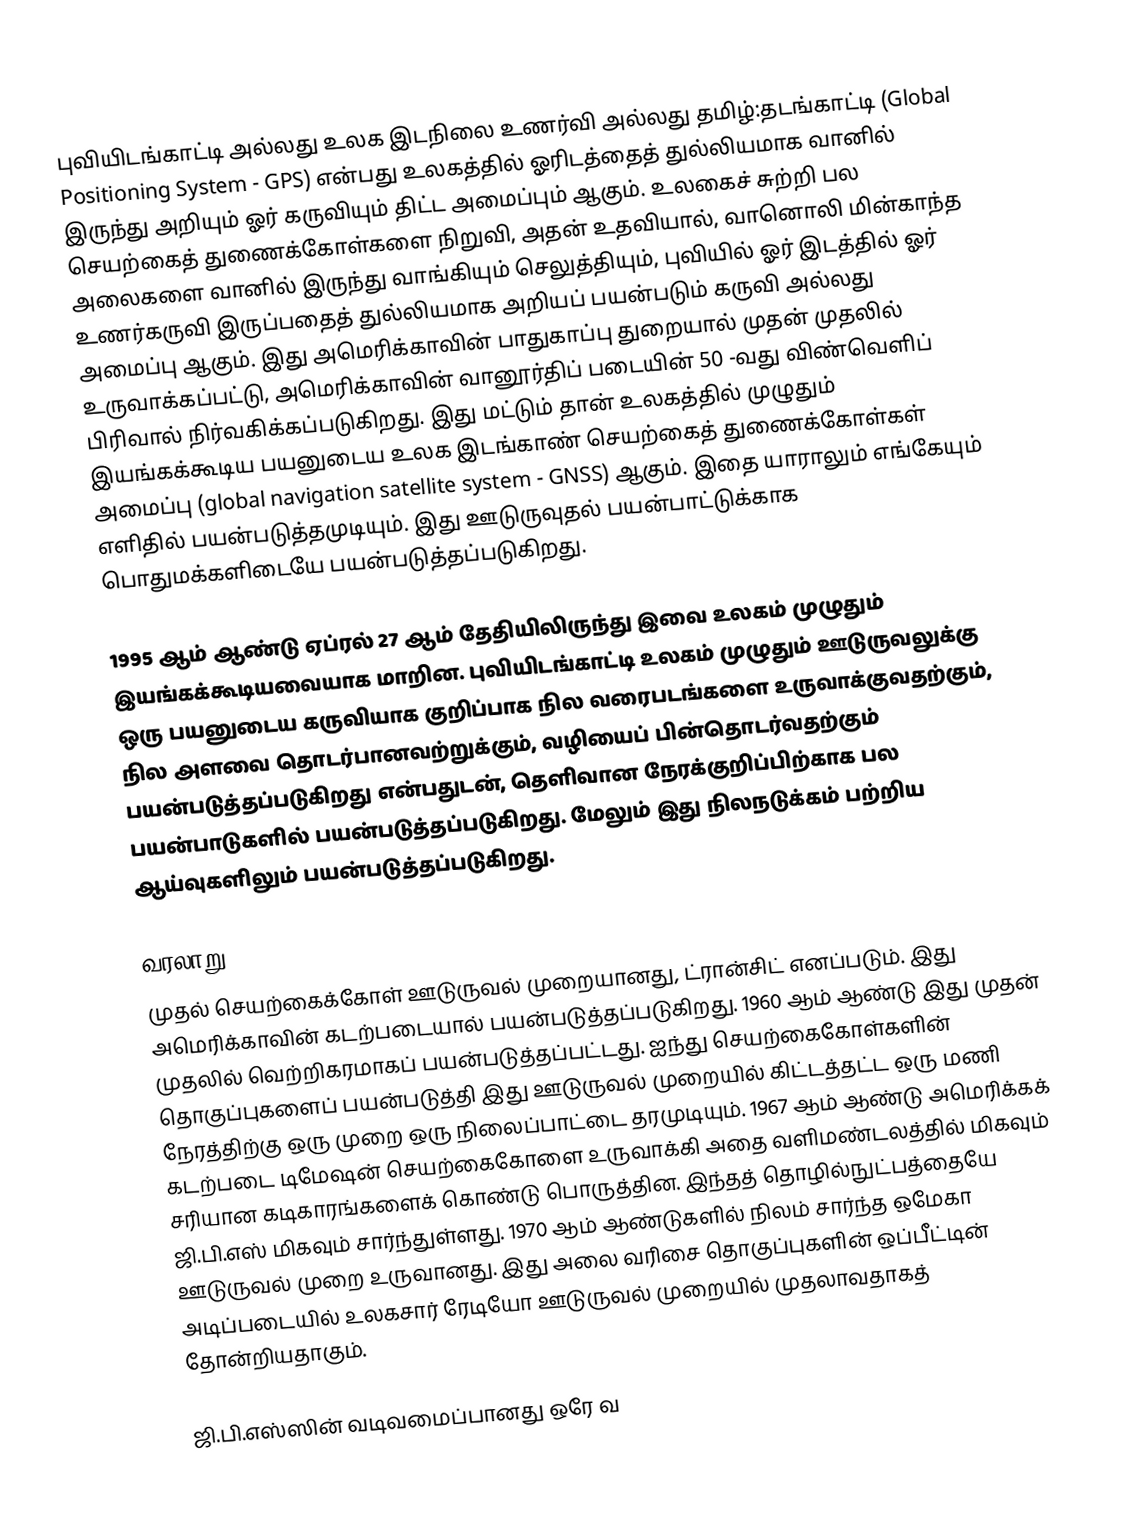
புவியிடங்காட்டி அல்லது உலக இடநிலை உணர்வி அல்லது தமிழ்:தடங்காட்டி (Global Positioning System - GPS) என்பது உலகத்தில் ஓரிடத்தைத் துல்லியமாக வானில் இருந்து அறியும் ஓர் கருவியும் திட்ட அமைப்பும் ஆகும். உலகைச் சுற்றி பல செயற்கைத் துணைக்கோள்களை நிறுவி, அதன் உதவியால், வானொலி மின்காந்த அலைகளை வானில் இருந்து வாங்கியும் செலுத்தியும், புவியில் ஓர் இடத்தில் ஓர் உணர்கருவி இருப்பதைத் துல்லியமாக அறியப் பயன்படும் கருவி அல்லது அமைப்பு ஆகும். இது அமெரிக்காவின் பாதுகாப்பு துறையால் முதன் முதலில் உருவாக்கப்பட்டு, அமெரிக்காவின் வானூர்திப் படையின் 50 -வது விண்வெளிப் பிரிவால் நிர்வகிக்கப்படுகிறது. இது மட்டும் தான் உலகத்தில் முழுதும் இயங்கக்கூடிய பயனுடைய உலக இடங்காண் செயற்கைத் துணைக்கோள்கள் அமைப்பு (global navigation satellite system - GNSS) ஆகும். இதை யாராலும் எங்கேயும் எளிதில் பயன்படுத்தமுடியும். இது ஊடுருவுதல் பயன்பாட்டுக்காக பொதுமக்களிடையே பயன்படுத்தப்படுகிறது.

1995 ஆம் ஆண்டு ஏப்ரல் 27 ஆம் தேதியிலிருந்து இவை உலகம் முழுதும் இயங்கக்கூடியவையாக மாறின. புவியிடங்காட்டி உலகம் முழுதும் ஊடுருவலுக்கு ஒரு பயனுடைய கருவியாக குறிப்பாக நில வரைபடங்களை உருவாக்குவதற்கும், நில அளவை தொடர்பானவற்றுக்கும், வழியைப் பின்தொடர்வதற்கும் பயன்படுத்தப்படுகிறது என்பதுடன், தெளிவான நேரக்குறிப்பிற்காக பல பயன்பாடுகளில் பயன்படுத்தப்படுகிறது. மேலும் இது நிலநடுக்கம் பற்றிய ஆய்வுகளிலும் பயன்படுத்தப்படுகிறது.

வரலாறு
முதல் செயற்கைக்கோள் ஊடுருவல் முறையானது, ட்ரான்சிட் எனப்படும். இது அமெரிக்காவின் கடற்படையால் பயன்படுத்தப்படுகிறது. 1960 ஆம் ஆண்டு இது முதன் முதலில் வெற்றிகரமாகப் பயன்படுத்தப்பட்டது. ஐந்து செயற்கைகோள்களின் தொகுப்புகளைப் பயன்படுத்தி இது ஊடுருவல் முறையில் கிட்டத்தட்ட ஒரு மணி நேரத்திற்கு ஒரு முறை ஒரு நிலைப்பாட்டை தரமுடியும். 1967 ஆம் ஆண்டு அமெரிக்கக் கடற்படை டிமேஷன் செயற்கைகோளை உருவாக்கி அதை வளிமண்டலத்தில் மிகவும் சரியான கடிகாரங்களைக் கொண்டு பொருத்தின. இந்தத் தொழில்நுட்பத்தையே ஜி.பி.எஸ் மிகவும் சார்ந்துள்ளது. 1970 ஆம் ஆண்டுகளில் நிலம் சார்ந்த ஒமேகா ஊடுருவல் முறை உருவானது. இது அலை வரிசை தொகுப்புகளின் ஒப்பீட்டின் அடிப்படையில் உலகசார் ரேடியோ ஊடுருவல் முறையில் முதலாவதாகத் தோன்றியதாகும்.

ஜி.பி.எஸ்ஸின் வடிவமைப்பானது ஒரே வ